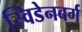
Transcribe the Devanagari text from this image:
स्विडेनबर्ग